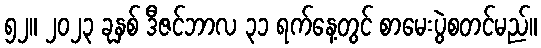
၅၂။ ၂၀၂၃ ခုနှစ် ဒီဇင်ဘာလ ၃၁ ရက်နေ့တွင် စာမေးပွဲစတင်မည်။